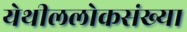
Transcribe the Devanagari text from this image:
येथीललोकसंख्या